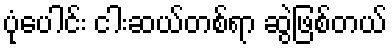
ပုံပေါင်း ငါးဆယ်တစ်ရာ ဆွဲဖြစ်တယ်